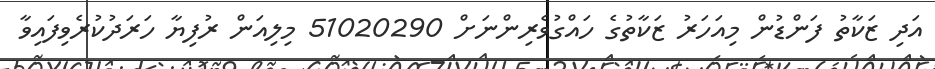
އަދި ޒަކާތު ފަންޑުން މިއަހަރު ޒަކާތުގެ ހައްގުވެރިންނަށް 51020290 މިލިއަން ރުފިޔާ ހަރަދުކުރެވިފައިވާ